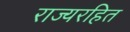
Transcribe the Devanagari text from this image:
राज्यरहित